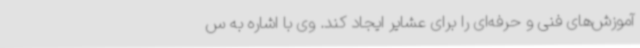
آموزش‌های فنی و حرفه‌ای را برای عشایر ایجاد کند. وی با اشاره به س